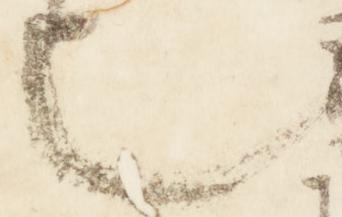
也